Annual statistical returns and brief notes on vaccination in Bengal - 1909-1929
Year: 1909
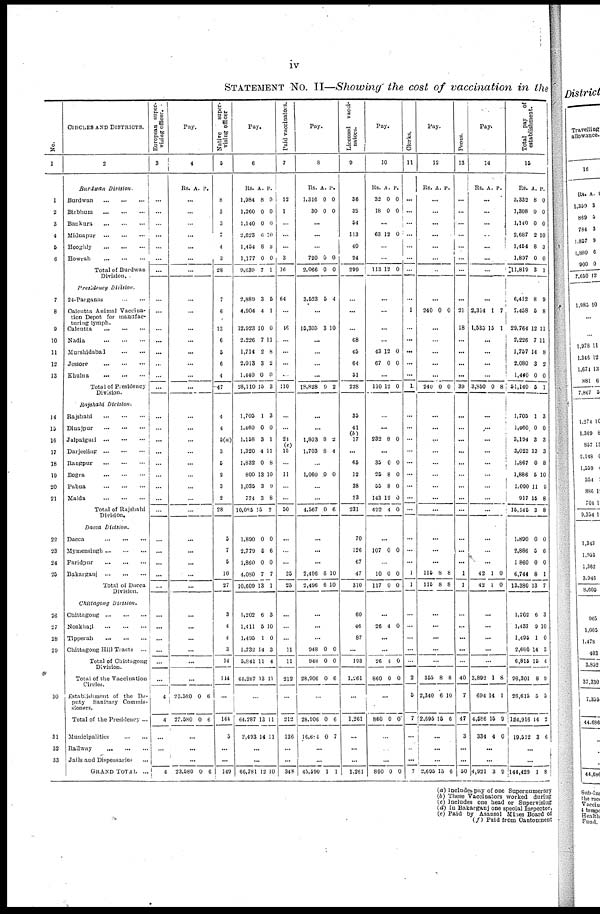
iv
STATEMENT No. II—Showing the cost of vaccination in the
No.
1
1
2
3
4
5
6
7
8
9
10
11
12
13
14
15
16
17
18
19
20
21
22
23
24
25
26
27
28
29
30
31
32
33
CIRCLES AND DISTRICTS.
2
Burdwan
Division.
Burdwan...
...
...
Birbhum...
...
...
Bankura...
...
...
Midnapur...
...
...
Hooghly...
...
...
Howrah
...
...
...
Total of Burdwan
Division...
Presidency
Division.
24-Parganas... ...
Calcutta Animal Vaccina-
tion Depot for manufac-
turing lymph.
Calcutta... ... ...
Nadia...
...
...
Murshidabad ... ... ...
Jessore...
...
...
Khulna...
...
...
Total of Presidency
Division.
Rajshahi
Division.
Rajshahi...
...
...
Dinajpur...
...
...
Jalpaiguri...
...
...
Darjeeling... ... ...
Rangpur...
...
...
Bogra...
...
...
Pabna...
...
...
Malda...
...
...
Total of Rajshahi
Division.
Dacca Division.
Dacca...
...
...
Mymensingh...
...
...
Faridpur...
...
...
Bakarganj...
...
...
Total of Dacca
Division.
Chittagong
Division.
Chittagong...
...
...
Noakhali...
...
...
Tipperah...
...
...
Chittagong Hill Tracts... ...
Total of Chittagong
Division.
Total of the Vaccination
Circles.
Establishment of the De-
puty Sanitary Commis-
sioners.
Total of the Presidency ...
Municipalities...
...
...
Railway...
...
...
Jails and Dispensaries... ...
GRAND
TOTAL...
European super-
vising officer.
3
...
...
...
...
...
...
...
...
...
...
...
...
...
...
...
...
...
...
...
...
...
...
...
...
...
...
...
...
...
...
...
...
...
...
...
4
4
...
...
...
4
Pay.
4
Rs. A. P.
...
...
...
...
...
...
...
...
...
...
...
...
...
...
...
...
...
...
...
...
...
...
...
...
...
...
...
...
...
...
...
...
...
...
...
23,580
23,580
0
0
6
6
...
...
...
23,580 0 6
Native
super-
vising officer
5
8
3
3
7
4
3
28
7
6
13
6
5
6
4
47
4
4
5(a)
3
5
2
3
2
28
5
7
5
10
27
3
4
4
3
14
114
...
144
5
...
...
149
Pay.
6
Rs.
1,984
1,260
1,140
2,628
1,454
1,177
9,639
A.
8
0
0
6
8
0
7
P.
0
0
0
10
3
0
1
2,889
4,904
12,923
2,226
1,714
2,013
1,440
28,110
3
4
10
7
2
3
0
15
5
1
0
11
8
2
0
3
1,705
1,460
1,158
1,320
1,832
800
1,035
774
10,095
1
0
3
4
0
13
3
3
15
3
0
1
11
8
10
9
8
2
1,890
2,779
1,860
4,030
10,609
0
5
0
7
13
0
6
0
7
1
1,202
1,411
1,495
1,732
5,841
64,287
6
5
1
14
11
13
3
10
0
3
4
11
...
64,287
2,493
13
14
11
11
...
...
66,781 12 10
Paid vaccinators.
7
12
1
...
...
...
3
16
64
...
16
...
...
...
...
110
...
...
24
(e)
15
...
11
...
...
50
...
...
...
25
25
...
...
...
11
11
212
...
212
136
...
...
348
Pay.
8
Rs.
1,316
30
A.
0
0
P.
0
0
...
...
...
720
2,066
0
0
0
0
3,523 5 4
...
15,305 3 10
...
...
...
...
18,828 9 2
...
...
1,803
1,703
8
8
2
4
...
1,060 0 0
...
...
4,567 0 6
...
...
...
2,496
2,496
6
6
10
10
...
...
...
948
948
28,906
0
0
0
0
0
6
...
28,906
16,604
0
0
6
7
...
...
45,590 1 1
Licensed vacci-
nators.
9
36
32
54
113
40
24
299
...
...
...
68
45
64
51
228
35
41
17
...
65
12
38
23
231
70
126
67
47
310
60
46
87
...
193
1,261
...
1,261
...
...
...
1,261
Pay.
10
Rs.
32
18
A.
0
0
P.
0
0
...
63 12 0
...
...
113 12 0
...
...
...
...
43
67
12
0
0
0
...
110 12 0
...
...
232 8 0
...
35
25
55
143
492
0
8
8
12
4
0
0
0
0
0
...
107 0 0
...
10
117
0
0
0
0
...
26 4 0
...
...
26
860
4
0
0
0
...
860 0 0
...
...
...
860 0 0
Clerks.
11
...
...
...
...
...
...
...
...
1
...
...
...
...
...
1
...
...
...
...
...
...
...
...
...
...
...
...
1
1
...
...
...
...
...
2
5
7
...
...
...
7
Pay.
12
Rs. A. P.
...
...
...
...
...
...
...
...
240 0 0
...
...
...
...
...
240 0 0
...
...
...
...
...
...
...
...
...
...
...
...
115
115
8
8
8
8
...
...
...
...
...
355
2,340
2,695
8
6
15
8
10
6
...
...
...
2,695 15 6
Peons.
13
...
...
...
...
...
...
...
...
21
18
...
...
...
...
39
...
...
...
...
...
...
...
...
...
...
...
...
1
1
...
...
...
...
...
40
7
47
3
...
...
50
Pay.
14
Rs. A. P.
...
...
...
...
...
...
...
...
2,314
1,535
1
15
7
1
...
...
...
...
3,850 0 8
...
...
...
...
...
...
...
...
...
...
...
...
42
42
1
1
0
0
...
...
...
...
...
3,892
694
4,586
334
1
14
15
4
8
1
9
0
...
...
4,921 3 9
Total pay
of
establishment.
15
Rs.
3,332
1,308
1,140
2,687
1,454
1,897
11,819
A.
8
0
0
2
8
0
3
P.
0
0
0
10
3
0
1
6,412
7,458
29,764
2,226
1,757
2,080
1,440
51,140
8
5
12
7
14
3
0
5
9
8
11
11
8
2
0
1
1,705
1,460
3,194
3,023
1,867
1,886
1,090
917
15,146
1
0
3
13
0
5
11
15
3
3
0
3
3
8
10
9
8
8
1,890
2,886
1,860
6,744
13,380
0
5
0
8
13
0
6
0
1
7
1,202
1,437
1,495
2,680
6,815
98,301
26,615
124,916
19,512
6
9
1
14
15
8
5
14
3
3
10
0
3
4
9
5
2
6
...
...
144,429 1 8
(a) Includes, pay of one Supernumerary
(b) These Vaccinators worked during
(c) Includes one head or Supervising
(d) In Bakarganj one special Inspector,
(e) Paid by Asansol Mines Board of
(f) Paid from Cantonment